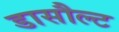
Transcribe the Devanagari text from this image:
डासौल्ट